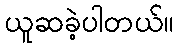
ယူဆခဲ့ပါတယ်။